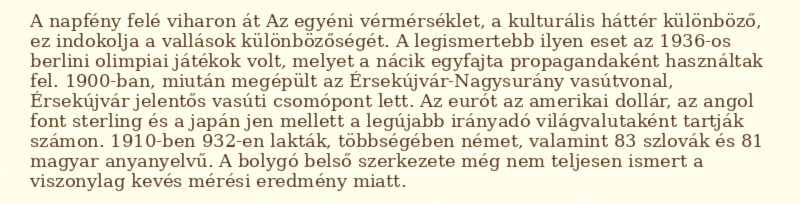
A napfény felé viharon át Az egyéni vérmérséklet, a kulturális háttér különböző, ez indokolja a vallások különbözőségét. A legismertebb ilyen eset az 1936-os berlini olimpiai játékok volt, melyet a nácik egyfajta propagandaként használtak fel. 1900-ban, miután megépült az Érsekújvár-Nagysurány vasútvonal, Érsekújvár jelentős vasúti csomópont lett. Az eurót az amerikai dollár, az angol font sterling és a japán jen mellett a legújabb irányadó világvalutaként tartják számon. 1910-ben 932-en lakták, többségében német, valamint 83 szlovák és 81 magyar anyanyelvű. A bolygó belső szerkezete még nem teljesen ismert a viszonylag kevés mérési eredmény miatt.